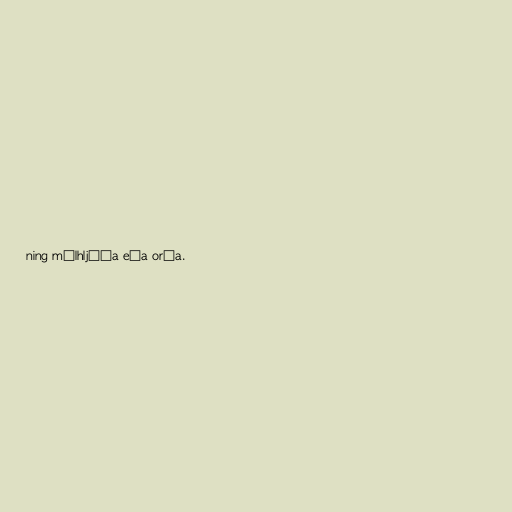
ning málhljóða eða orða.